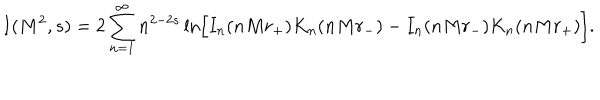
I ( M ^ { 2 } , s ) = 2 \sum _ { n = 1 } ^ { \infty } n ^ { 2 - 2 s } \ln \Bigr [ I _ { n } ( n M r _ { + } ) K _ { n } ( n M r _ { - } ) - I _ { n } ( n M r _ { - } ) K _ { n } ( n M r _ { + } ) \Bigr ] .